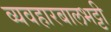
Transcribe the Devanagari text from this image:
व्यवहारबालभट्टी